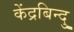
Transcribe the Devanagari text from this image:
केंद्रबिन्दु